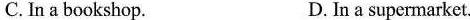
C. In a bookshop. D. In a supermarket.